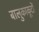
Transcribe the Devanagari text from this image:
बालुकाकूटों